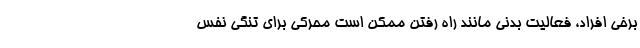
برخی افراد، فعالیت بدنی مانند راه رفتن ممکن است محرکی برای تنگی نفس